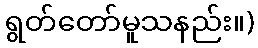
ရွတ်တော်မူသနည်း။)